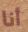
أنا